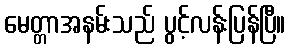
မေတ္တာအနမ်းသည် ပွင့်လန်းပြန်ပြီ။